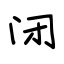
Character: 闭